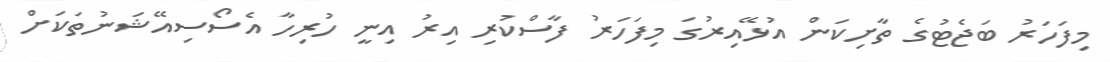
މިފަހަރު ބަޖެޓުގެ ތާށިކަން އުޅޭއިރުގަ މިފަހަރު ފާސްކުރި އިރު އިނީ ހުރިހާ އެސޯސިއޭޝަނުތަކަށް